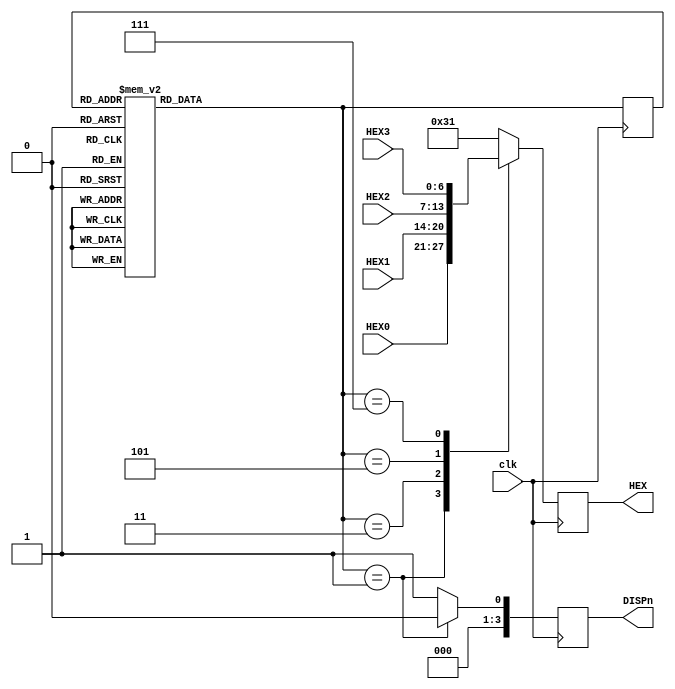
module DE1_disp (
  output reg [3:0] DISPn,
  output reg [6:0] HEX,
  input wire [6:0] HEX0,
  input wire [6:0] HEX1,
  input wire [6:0] HEX2,
  input wire [6:0] HEX3,
  input wire clk 
);

  // state bits
  parameter 
  state0 = 3'b000, 
  state1 = 3'b001, 
  state2 = 3'b010, 
  state3 = 3'b011, 
  state4 = 3'b100, 
  state5 = 3'b101, 
  state6 = 3'b110, 
  state7 = 3'b111; 

  reg [2:0] state = state0;
  reg [2:0] nextstate;

  // comb always block
  always @* begin
    // Warning I2: Neither implied_loopback nor default_state_is_x attribute is set on state machine - defaulting to implied_loopback to avoid latches being inferred 
    nextstate = state; // default to hold value because implied_loopback is set
    case (state)
      state0: begin
        begin
          nextstate = state1;
        end
      end
      state1: begin
        begin
          nextstate = state2;
        end
      end
      state2: begin
        begin
          nextstate = state3;
        end
      end
      state3: begin
        begin
          nextstate = state4;
        end
      end
      state4: begin
        begin
          nextstate = state5;
        end
      end
      state5: begin
        begin
          nextstate = state6;
        end
      end
      state6: begin
        begin
          nextstate = state7;
        end
      end
      state7: begin
        begin
          nextstate = state0;
        end
      end
    endcase
  end

  // Assign reg'd outputs to state bits

  // sequential always block
  always @(posedge clk) begin

      state <= nextstate;
  end

  // datapath sequential always block
  always @(posedge clk) begin
  begin
  DISPn[3:0] <= "1111"; // default
  HEX[6:0] <= "1111111"; // default
  case (nextstate)
    state1: begin
      DISPn[3:0] <= "1110";
      HEX[6:0] <= HEX0[6:0];
    end
    state2: begin
      DISPn[3:0] <= "1111";
		HEX[6:0] <= "1111111";
    end
    state3: begin
      DISPn[3:0] <= "1101";
      HEX[6:0] <= HEX1[6:0];
    end
    state4: begin
      DISPn[3:0] <= "1111";
      HEX[6:0] <= "1111111";
    end
    state5: begin
      DISPn[3:0] <= "1011";
      HEX[6:0] <= HEX2[6:0];
    end
    state6: begin
      DISPn[3:0] <= "1111";
		HEX[6:0] <= "1111111";
    end
    state7: begin
      DISPn[3:0] <= "0111";
      HEX[6:0] <= HEX3[6:0];
    end
  endcase
end
end


endmodule